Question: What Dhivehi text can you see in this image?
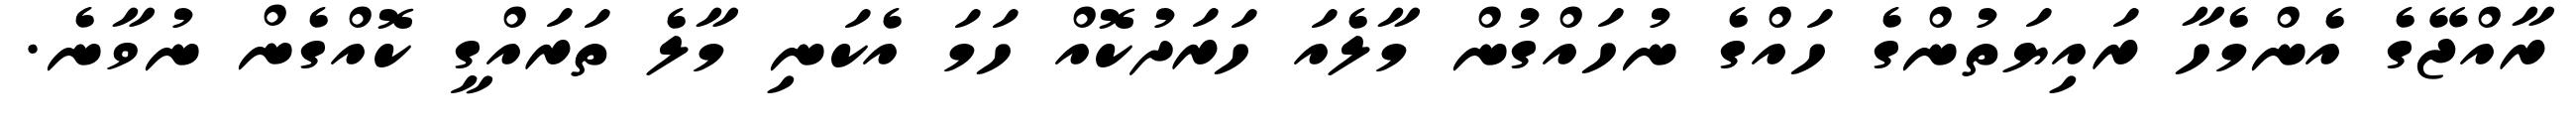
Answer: ރާއްޖޭގެ އެންމެހާ ރައިޔަތުންގެ ހައްގެ ނުހައްގުން މާލެއަ ހަރަދުކޮއް ހަމަ އެކަނި މާލެ ތަރައްގީ ކޮއްގެން ނުވާނެ.